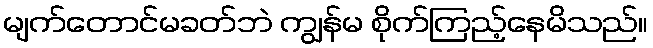
မျက်တောင်မခတ်ဘဲ ကျွန်မ စိုက်ကြည့်နေမိသည်။